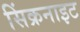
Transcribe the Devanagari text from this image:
सिंक्रनाइट